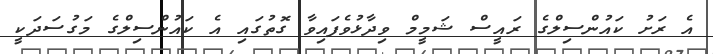
އެ ރަށު ކައުންސިލްގެ ރައީސް ޝަމީމް ވިދާޅުވެފައިވާ ގޮތުގައި އެ ކައުންސިލްގެ މަގުސަދަކީ